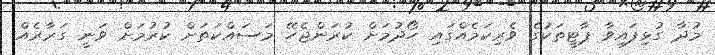
މުދާ ގުޅިފައިވާ ޕާޓީތަކުގެ ވެރިކަމެއްގައި ހޯދުމަށް ކުރަންޖެހޭ މަސައްކަތަށް ކުރުމަށް ވަނީ ގަރާރެއް